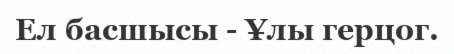
Ел басшысы - Ұлы герцог.